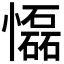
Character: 𢤡